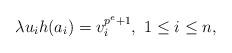
LaTeX: \begin{align*} \lambda u_ih(a_i)=v_i^{p^e+1},\ 1\leq i\leq n, \end{align*}